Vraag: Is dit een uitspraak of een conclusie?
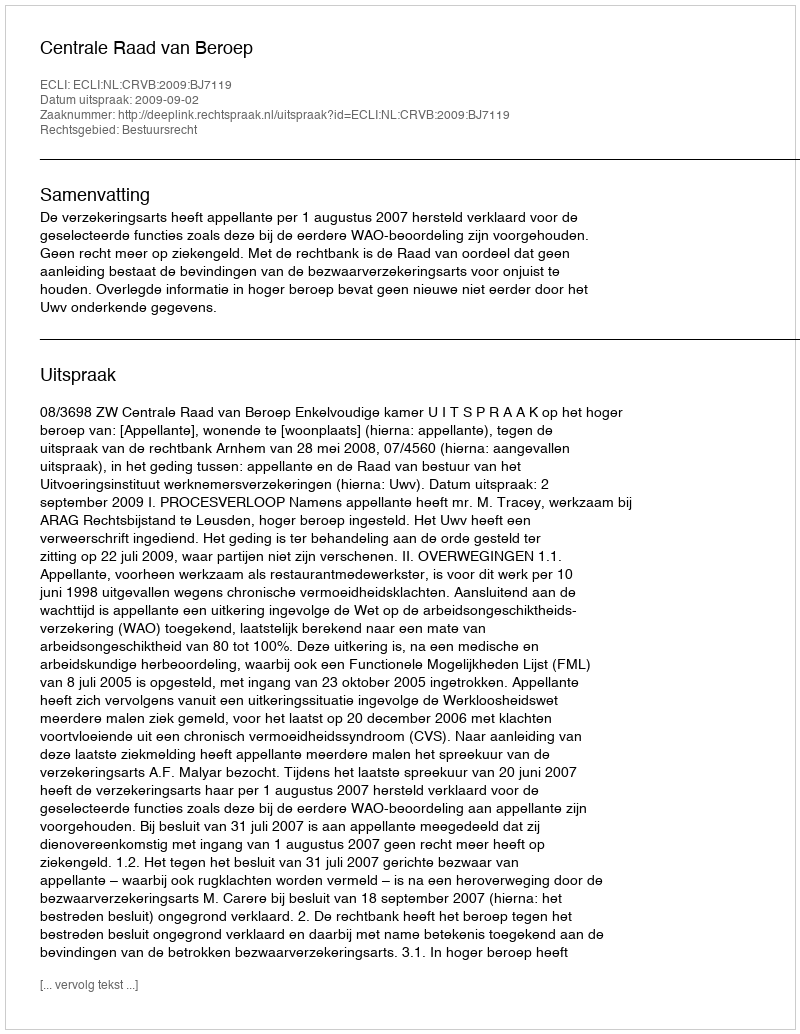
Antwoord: Uitspraak